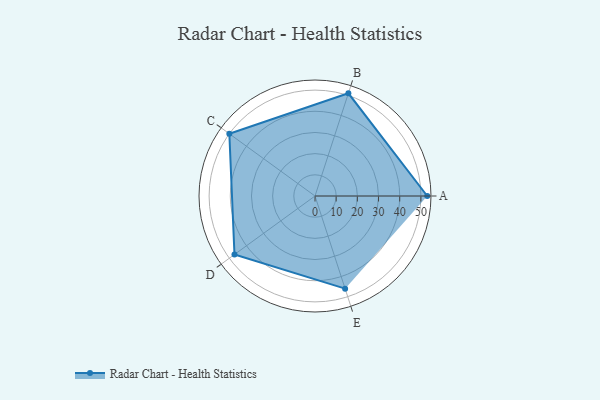
{"axis": {"x": "Skill", "y": "Score"}, "legend": ["Profile"], "data": [{"x": "A", "y": 53.0, "type": "Profile"}, {"x": "B", "y": 51.0, "type": "Profile"}, {"x": "C", "y": 50.0, "type": "Profile"}, {"x": "D", "y": 47.0, "type": "Profile"}, {"x": "E", "y": 46.0, "type": "Profile"}]}